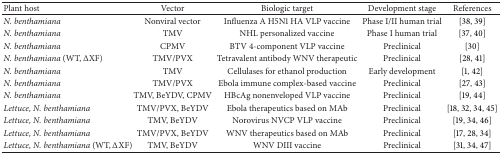
<table><thead><tr><td><b>Plant host</b></td><td><b>Vector </b></td><td><b>Biologic target</b></td><td><b>Development stage</b></td><td><b>References</b></td></tr></thead><tbody><tr><td><i>N. benthamiana </i></td><td>Nonviral vector</td><td>Influenza A H5N1 HA VLP vaccine</td><td>Phase I/II human trial </td><td>[38, 39]</td></tr><tr><td><i>N. benthamiana </i></td><td>TMV</td><td>NHL personalized vaccine</td><td>Phase I human trial</td><td>[37, 40]</td></tr><tr><td><i>N. benthamiana </i></td><td>CPMV</td><td>BTV 4-component VLP vaccine</td><td>Preclinical</td><td>[30]</td></tr><tr><td><i>N. benthamiana </i>(WT, ΔXF) </td><td>TMV/PVX</td><td>Tetravalent antibody WNV therapeutic</td><td>Preclinical</td><td>[28, 41]</td></tr><tr><td><i>N. benthamiana </i></td><td>TMV</td><td>Cellulases for ethanol production</td><td>Early development</td><td>[1, 42]</td></tr><tr><td><i>N. benthamiana </i></td><td>TMV/PVX</td><td>Ebola immune complex-based vaccine</td><td>Preclinical</td><td>[27, 43]</td></tr><tr><td><i>N. benthamiana </i></td><td>TMV, BeYDV, CPMV</td><td>HBcAg nonenveloped VLP vaccine</td><td>Preclinical</td><td>[19, 44]</td></tr><tr><td><i>Lettuce, N. benthamiana </i></td><td>TMV/PVX, BeYDV</td><td>Ebola therapeutics based on MAb</td><td>Preclinical</td><td>[18, 32, 34, 45]</td></tr><tr><td><i>Lettuce, N. benthamiana </i></td><td>TMV, BeYDV</td><td>Norovirus NVCP VLP vaccine</td><td>Preclinical</td><td>[19, 34, 46]</td></tr><tr><td><i>Lettuce, N. benthamiana </i></td><td>TMV/PVX, BeYDV</td><td>WNV therapeutics based on MAb</td><td>Preclinical</td><td>[17, 28, 34]</td></tr><tr><td><i>Lettuce, N. benthamiana </i>(WT, ΔXF)</td><td>TMV, BeYDV</td><td>WNV DIII vaccine</td><td>Preclinical</td><td>[31, 34, 47]</td></tr></tbody></table>